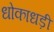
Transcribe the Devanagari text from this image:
धोकाधड़ी